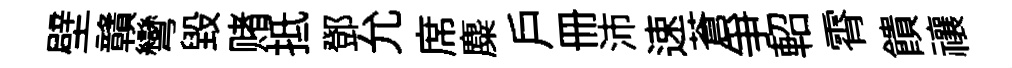
壁贛彎毀赌抵鄧允席麋戶册沛速蒼爭軺霄饋禳